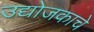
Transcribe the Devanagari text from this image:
उद्योजकाचे